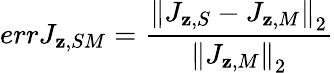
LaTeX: errJ_{\mathbf{z},SM}=\frac{{\left\| J_{\mathbf{z},S}-J_{\mathbf{z},M}\right\| _{2}}}{{\left\| J_{\mathbf{z},M}\right\| _{2}}}